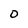
Character: O